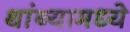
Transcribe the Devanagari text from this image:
थांब्यामध्ये